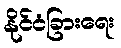
နိုင်ငံခြားရေး